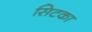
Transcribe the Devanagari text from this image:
सिटका